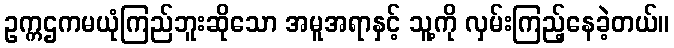
ဥက္ကဌကမယုံကြည်ဘူးဆိုသော အမူအရာနှင့် သူ့ကို လှမ်းကြည့်နေခဲ့တယ်။